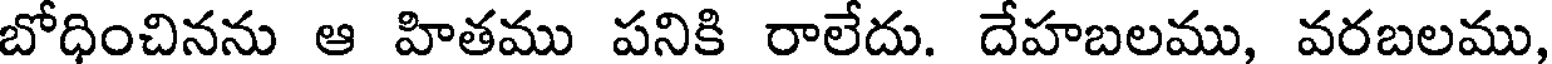
బోధించినను ఆ హితము పనికి రాలేదు. దేహబలము, వరబలము,